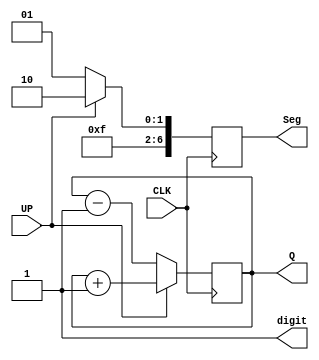
module up_down_counter(
    input CLK, input UP,
    output [3:0] Q, output [6:0] Seg,
    output digit
    );
    assign digit = 1'b1;
    reg[3:0] Q;
    reg[6:0] Seg;
  
    initial Q <= 4'b0000;
    
    always @(posedge CLK) begin
    if(UP) begin
        Q <= Q + 4'b0001;
        Seg <= 7'b0111110;
    end
    else begin
        Q <= Q - 4'b0001;
        Seg <= 7'b0111101;
    end end
    endmodule